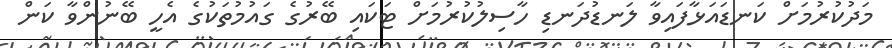
މަދުކުރުމަށް ކަނޑައަޅާފައިވާ ލަނޑުދަނޑި ހާސިލުކުރުމަށް ޓަކައި ބޭރުގެ ގައުމުތަކުގެ އެހީ ބޭނުންވާ ކަން